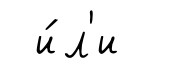
и́л'и